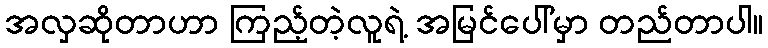
အလှဆိုတာဟာ ကြည့်တဲ့လူရဲ့ အမြင်ပေါ်မှာ တည်တာပါ။